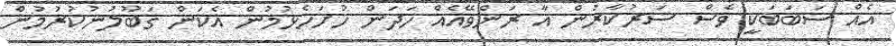
އެއް ސަބަބަކީ ވެސް ސަރުކާރުން އާ ރަންވޭއެއް ހަދަން ހުށަހެޅުމުން އެކަން ގަބޫލުނުކުރުމުން